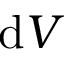
\mathrm { d } V